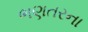
ભણતરના